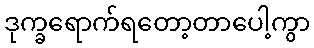
ဒုက္ခရောက်ရတော့တာပေါ့ကွာ